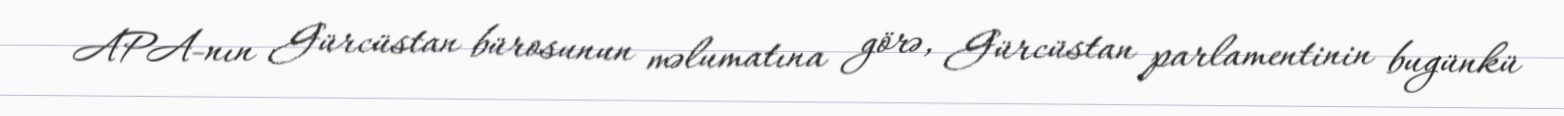
APA-nın Gürcüstan bürosunun məlumatına görə, Gürcüstan parlamentinin bugünkü